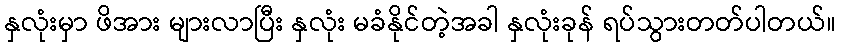
နှလုံးမှာ ဖိအား များလာပြီး နှလုံး မခံနိုင်တဲ့အခါ နှလုံးခုန် ရပ်သွားတတ်ပါတယ်။